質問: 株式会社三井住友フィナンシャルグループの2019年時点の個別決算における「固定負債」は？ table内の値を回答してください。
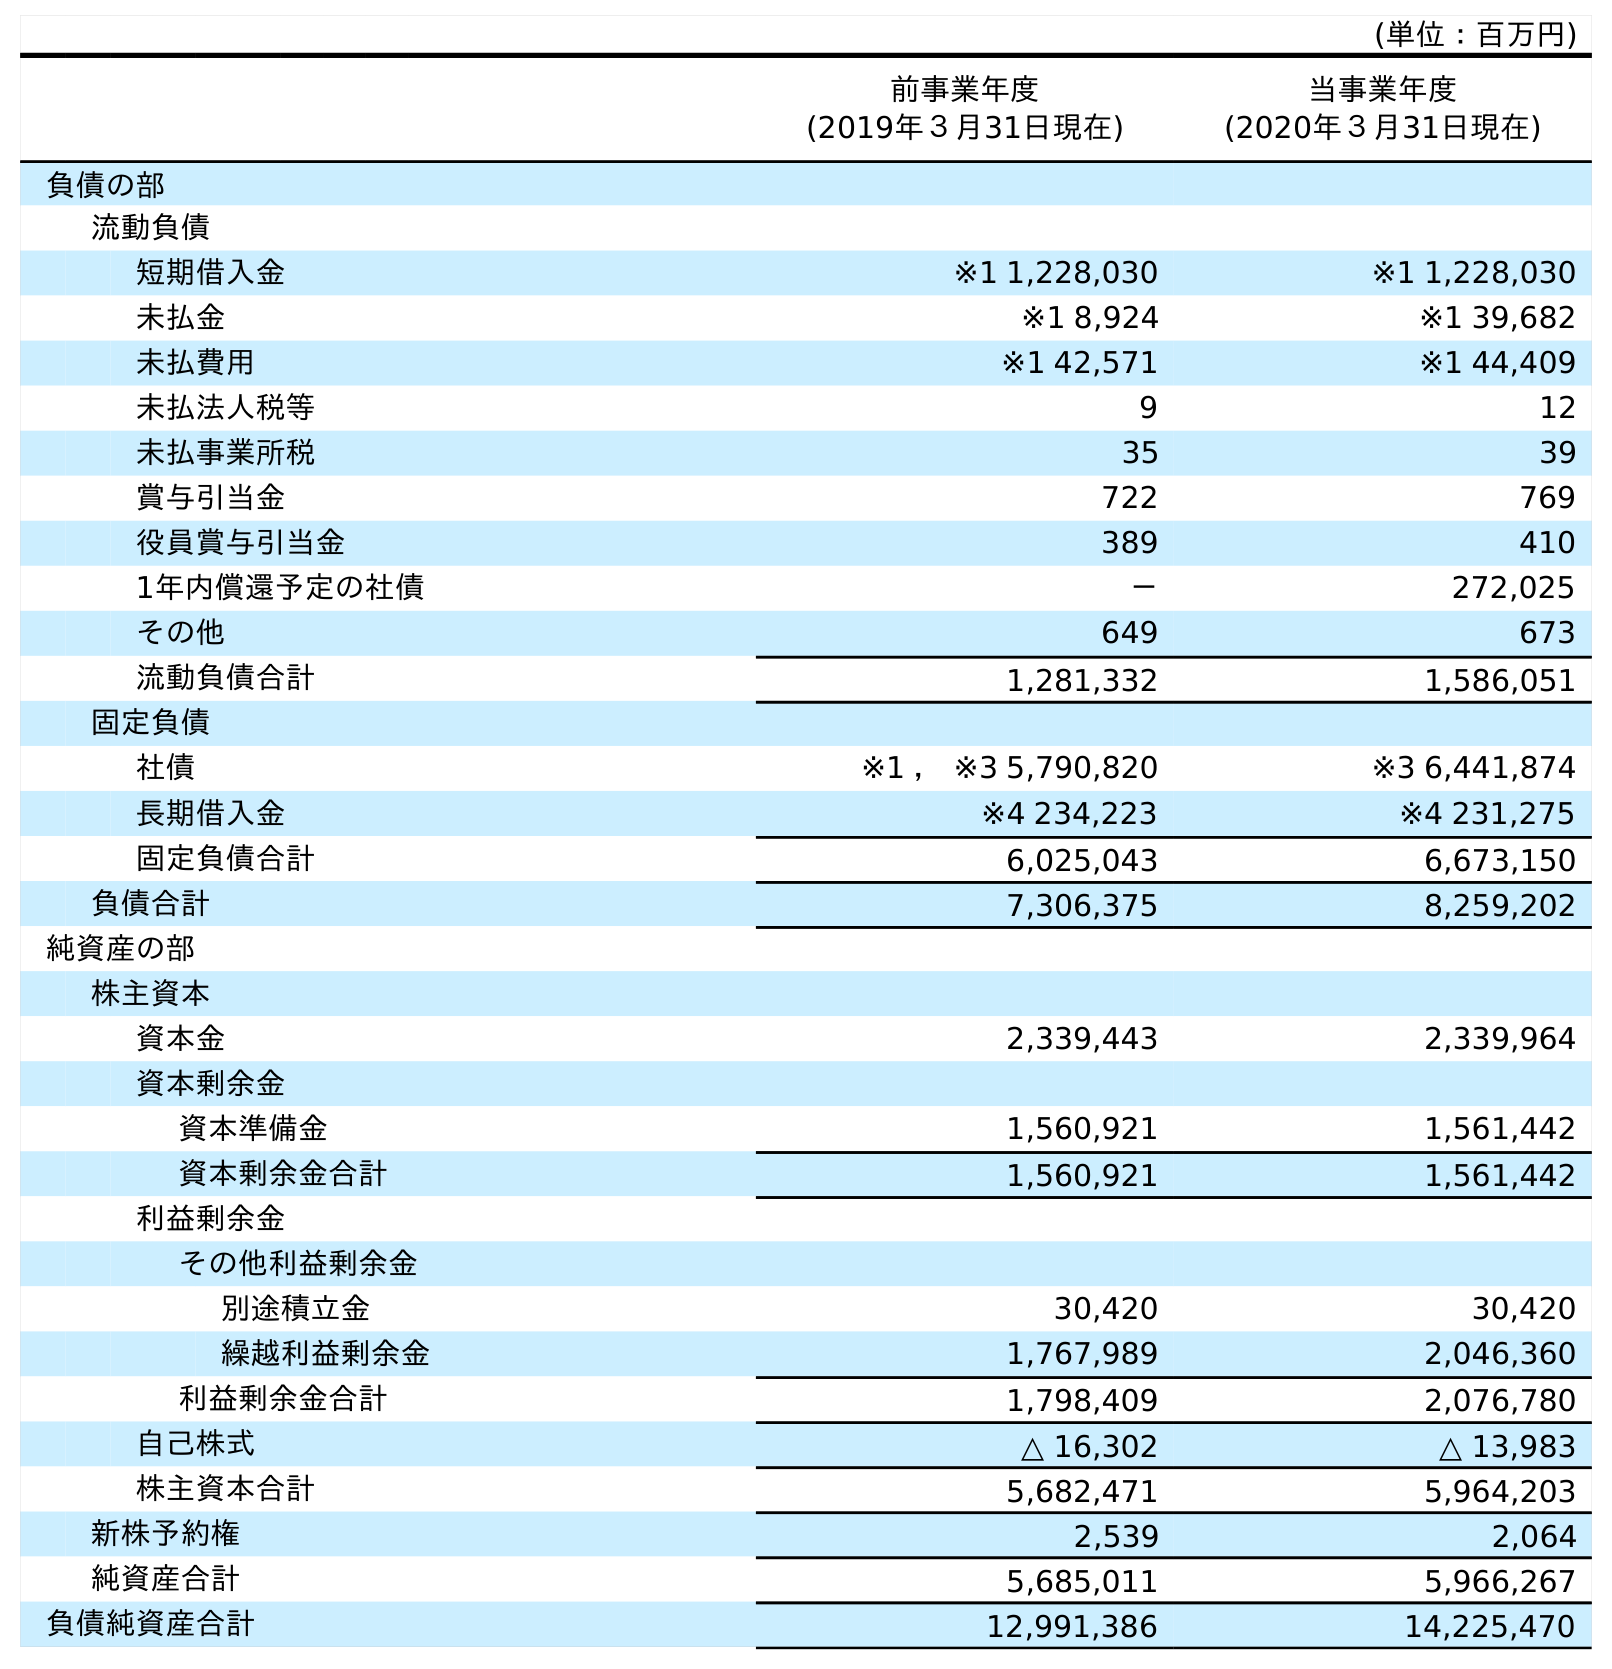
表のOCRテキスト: (単位：百万円) 前事業年度 (2019年３月31日現在) 当事業年度 (2020年３月31日現在) 負債の部 流動負債 短期借入金 ※1 1,228,030 ※1 1,228,030 未払金 ※1 8,924 ※1 39,682 未払費用 ※1 42,571 ※1 44,409 未払法人税等 9 12 未払事業所税 35 39 賞与引当金 722 769 役員賞与引当金 389 410 1年内償還予定の社債 － 272,025 その他 649 673 流動負債合計 1,281,332 1,586,051 固定負債 社債 ※1 ， ※3 5,790,820 ※3 6,441,874 長期借入金 ※4 234,223 ※4 231,275 固定負債合計 6,025,043 6,673,150 負債合計 7,306,375 8,259,202 純資産の部 株主資本 資本金 2,339,443 2,339,964 資本剰余金 資本準備金 1,560,921 1,561,442 資本剰余金合計 1,560,921 1,561,442 利益剰余金 その他利益剰余金 別途積立金 30,420 30,420 繰越利益剰余金 1,767,989 2,046,360 利益剰余金合計 1,798,409 2,076,780 自己株式 △ 16,302 △ 13,983 株主資本合計 5,682,471 5,964,203 新株予約権 2,539 2,064 純資産合計 5,685,011 5,966,267 負債純資産合計 12,991,386 14,225,470
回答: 6,025,043